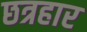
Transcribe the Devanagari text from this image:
छत्रहार